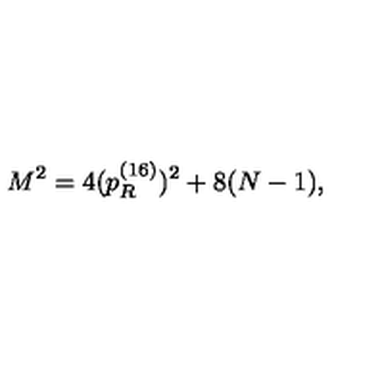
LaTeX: M ^ { 2 } = 4 ( p _ { R } ^ { ( 1 6 ) } ) ^ { 2 } + 8 ( N - 1 ) ,